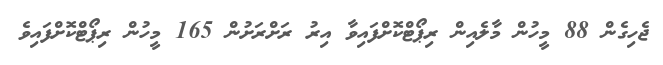
ޖެހިގެން 88 މީހުން މާލެއިން ރިޕޯޓްކޮށްފައިވާ އިރު ރަށްރަށުން 165 މީހުން ރިޕޯޓްކޮށްފައިވެ